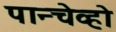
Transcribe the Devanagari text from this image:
पान्चेव्हो